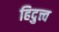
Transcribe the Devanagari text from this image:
हिदुत्त्व